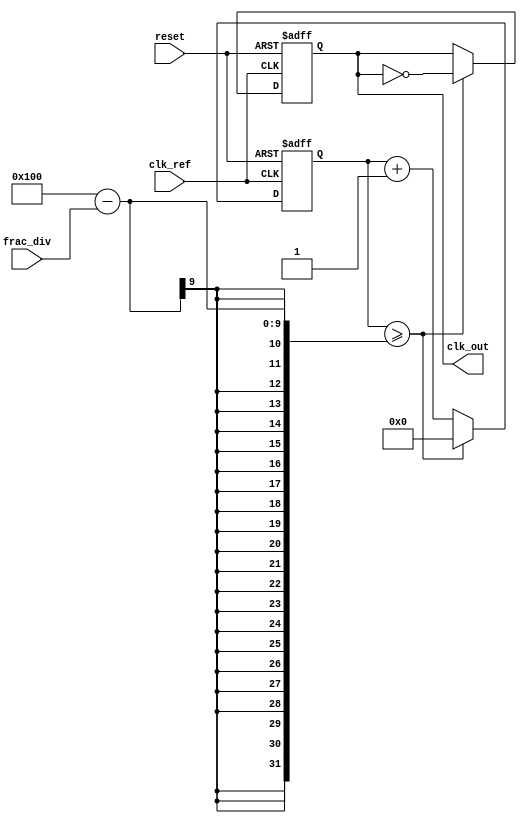
module frac_n_pll (
    input wire clk_ref,           // Reference Clock Input
    input wire reset,             // Asynchronous Reset
    input wire [7:0] frac_div,    // Fractional Divider Input (example: 0-255 for 0.0-2.55)
    output reg clk_out            // Output Clock
);

// Internal signals
reg [7:0] count;                 // Count for phase detector
reg [15:0] vco_counter;          // VCO counter
wire vco_clk;                    // Output of the Voltage-Controlled Oscillator (VCO)
wire feedback_clk;               // Feedback Clock from Divider

// Phase Detector (PD)
always @(posedge clk_ref or posedge reset) begin
    if (reset) begin
        count <= 8'b0;
    end else begin
        if (vco_clk) begin
            count <= count + 1;
        end
    end
end

// Voltage-Controlled Oscillator (VCO)
always @(posedge reset or posedge clk_ref) begin
    if (reset) begin
        vco_counter <= 16'b0;
        clk_out <= 1'b0;
    end else begin
        vco_counter <= vco_counter + 1;
        if (vco_counter >= (256 - frac_div)) begin
            clk_out <= ~clk_out; // Toggle output clock
            vco_counter <= 16'b0; // Reset counter
        end
    end
end

// Frequency Divider
reg [7:0] divider_count;

always @(posedge clk_out or posedge reset) begin
    if (reset) begin
        divider_count <= 8'b0;
    end else begin
        if (divider_count >= frac_div) begin
            divider_count <= 8'b0; // Reset the divider count
        end else begin
            divider_count <= divider_count + 1;
        end
    end
end

assign feedback_clk = (divider_count == (frac_div - 1)) ? clk_out : 1'b0;

// Lock Detection Logic (simplified example)
reg lock_detected;

always @(posedge clk_ref or posedge reset) begin
    if (reset) begin
        lock_detected <= 1'b0;
    end else begin
        // Add your lock detection logic here
        lock_detected <= (count == frac_div); // Simple lock detection based on count
    end
end

endmodule